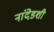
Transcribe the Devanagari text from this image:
नांदेडशी